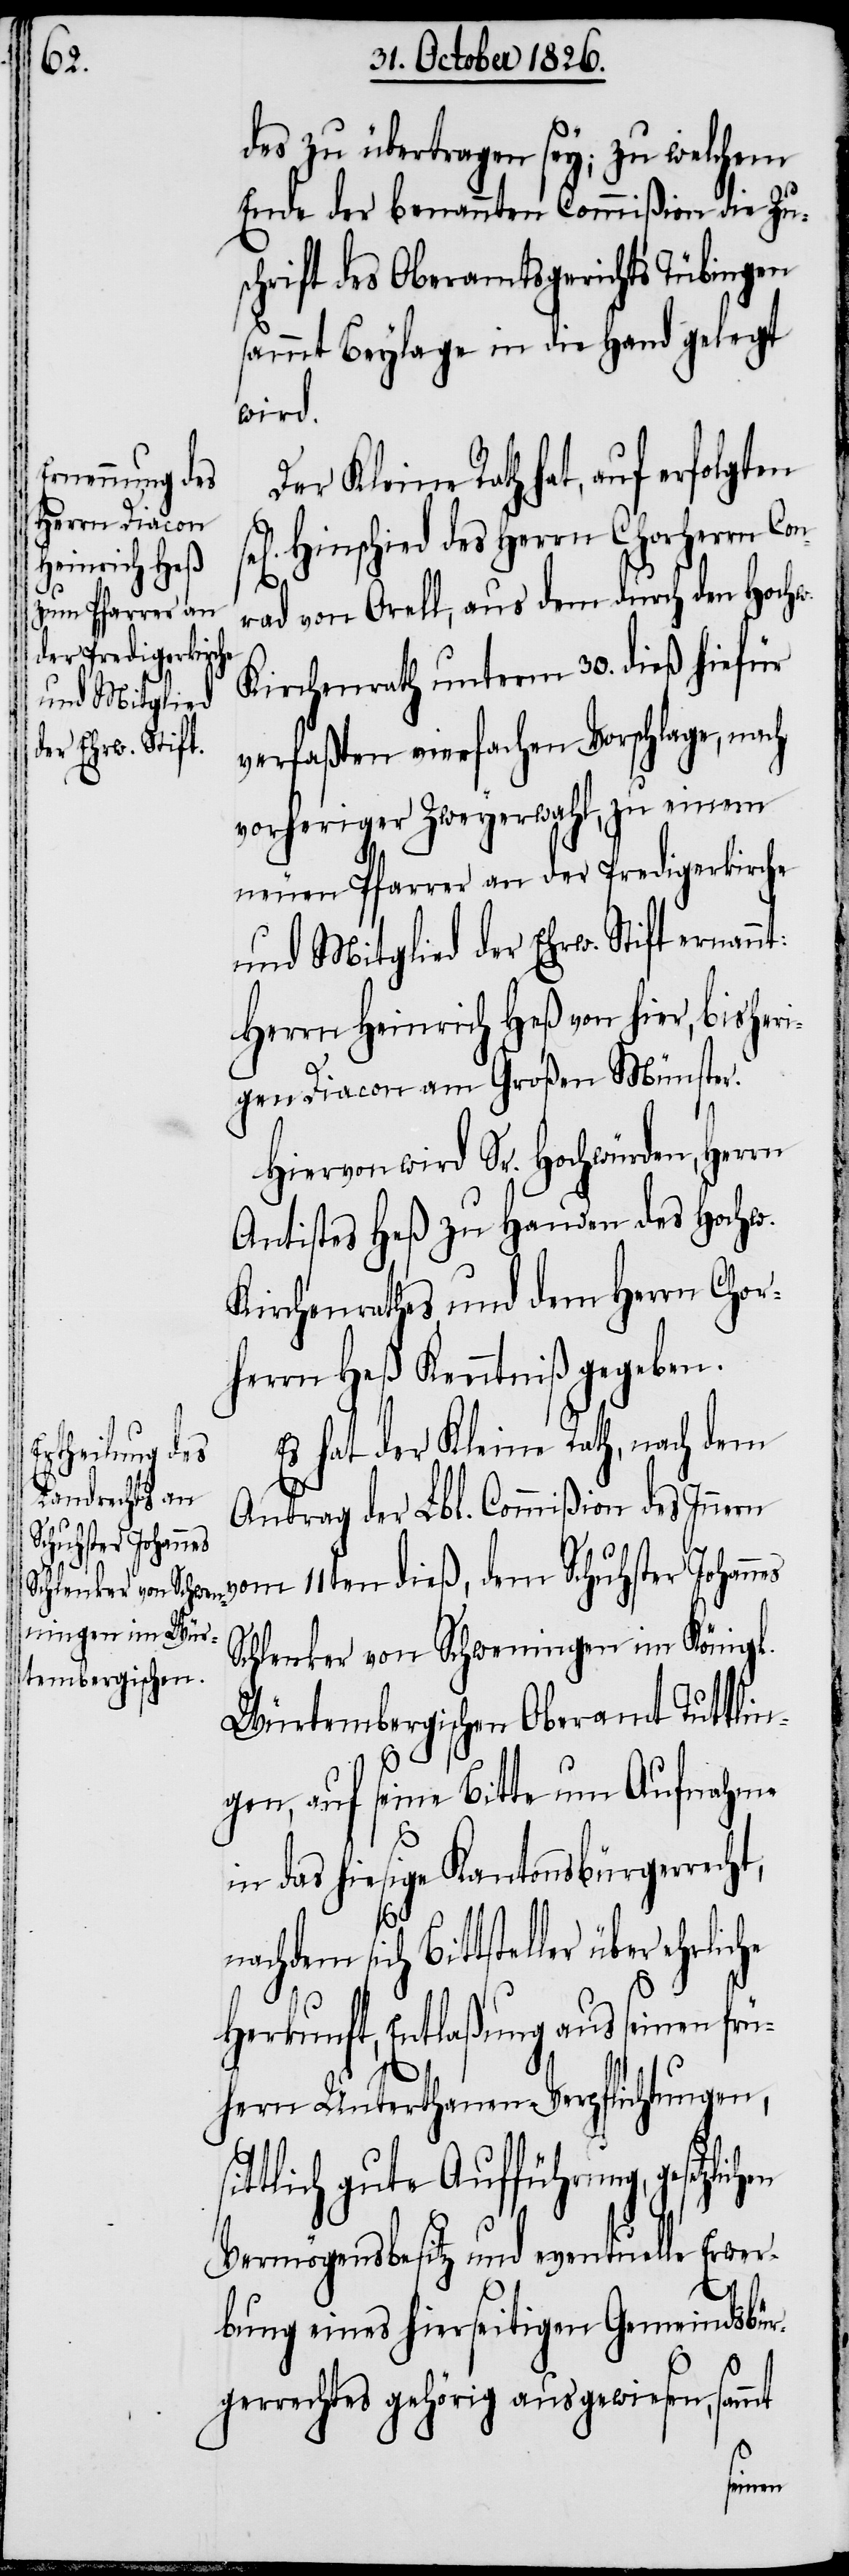
des zu übertragen sey; zu welchem
Ende der benannten Commißion die Zus¬
chrift des Oberamtsgerichts Tübingen
sammt Beylage in die Hand gelegt
wird.
Der Kleine Rath hat, auf erfolgten
Hinschied des Herrn Chorherrn Con¬
rad von Orell, aus dem durch den Hochw.
Kirchenrath unterm 30. dieß hiefür
verfaßten vierfachen Vorschlage, nach
vorheriger Zweyerwahl, zu einem
neuen Pfarrer an der Predigerkirche
und Mitglied der Ehrw. Stift ernan¬
Herrn Heinrich Heß von hier, bisheri¬
gen Diacon am Großen Münster.
Hiervon wird Sr. Hochwürden, Herrn
Antistes Heß zu Handen des Hochw.
Kirchenrathes und dem Herrn Chor¬
herrn Heß Kenntniß gegeben.
Es hat der Kleine Rath, nach dem
Antrag der Lbl. Commißion des Innern
vom 11ten dieß, dem Schuhster Johann¬
Schlenker von Schweningen im Königl.
Würtembergischen Oberamt Tuttlin¬
n¬
gen, auf seine Bitte um Aufnahme
s¬
in das hiesige Kantonsbürgerrecht;
achdem sich Bittsteller über ehrl¬
Herkunft, Entlaßung aus seinen frü¬
hern Unterthanen-Verpflichtungen,
ittlich gute Aufführung, gesetzli¬
Vermögensbesitz und eventuelle Erwer¬
bung eines hierseitigen Gemeindsbür¬
gerrechtes gehörig ausgewiesen, sammt
chen